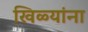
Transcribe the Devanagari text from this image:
खिळ्यांना